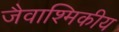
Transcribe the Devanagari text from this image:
जैवाश्मिकीय